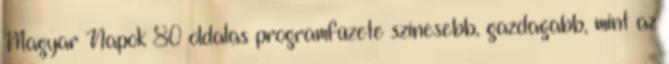
Magyar Napok 80 oldalas programfüzete színesebb, gazdagabb, mint az